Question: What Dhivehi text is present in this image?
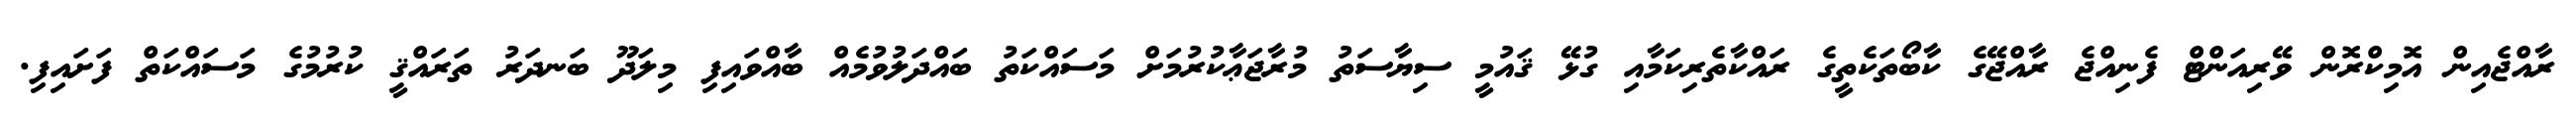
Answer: ރާއްޖެއިން އޮމިކްރޮން ވޭރިއަންޓް ފެނިއްޖެ ރާއްޖޭގެ ކާބޯތަކެތީގެ ރައްކާތެރިކަމާއި ގުޅޭ ޤައުމީ ސިޔާސަތު މުރާޖަޢާކުރުމަށް މަސައްކަތު ބައްދަލުވުމެއް ބާއްވައިފި މިލަދޫ ބަނދަރު ތަރައްޤީ ކުރުމުގެ މަސައްކަތް ފަށައިފި.